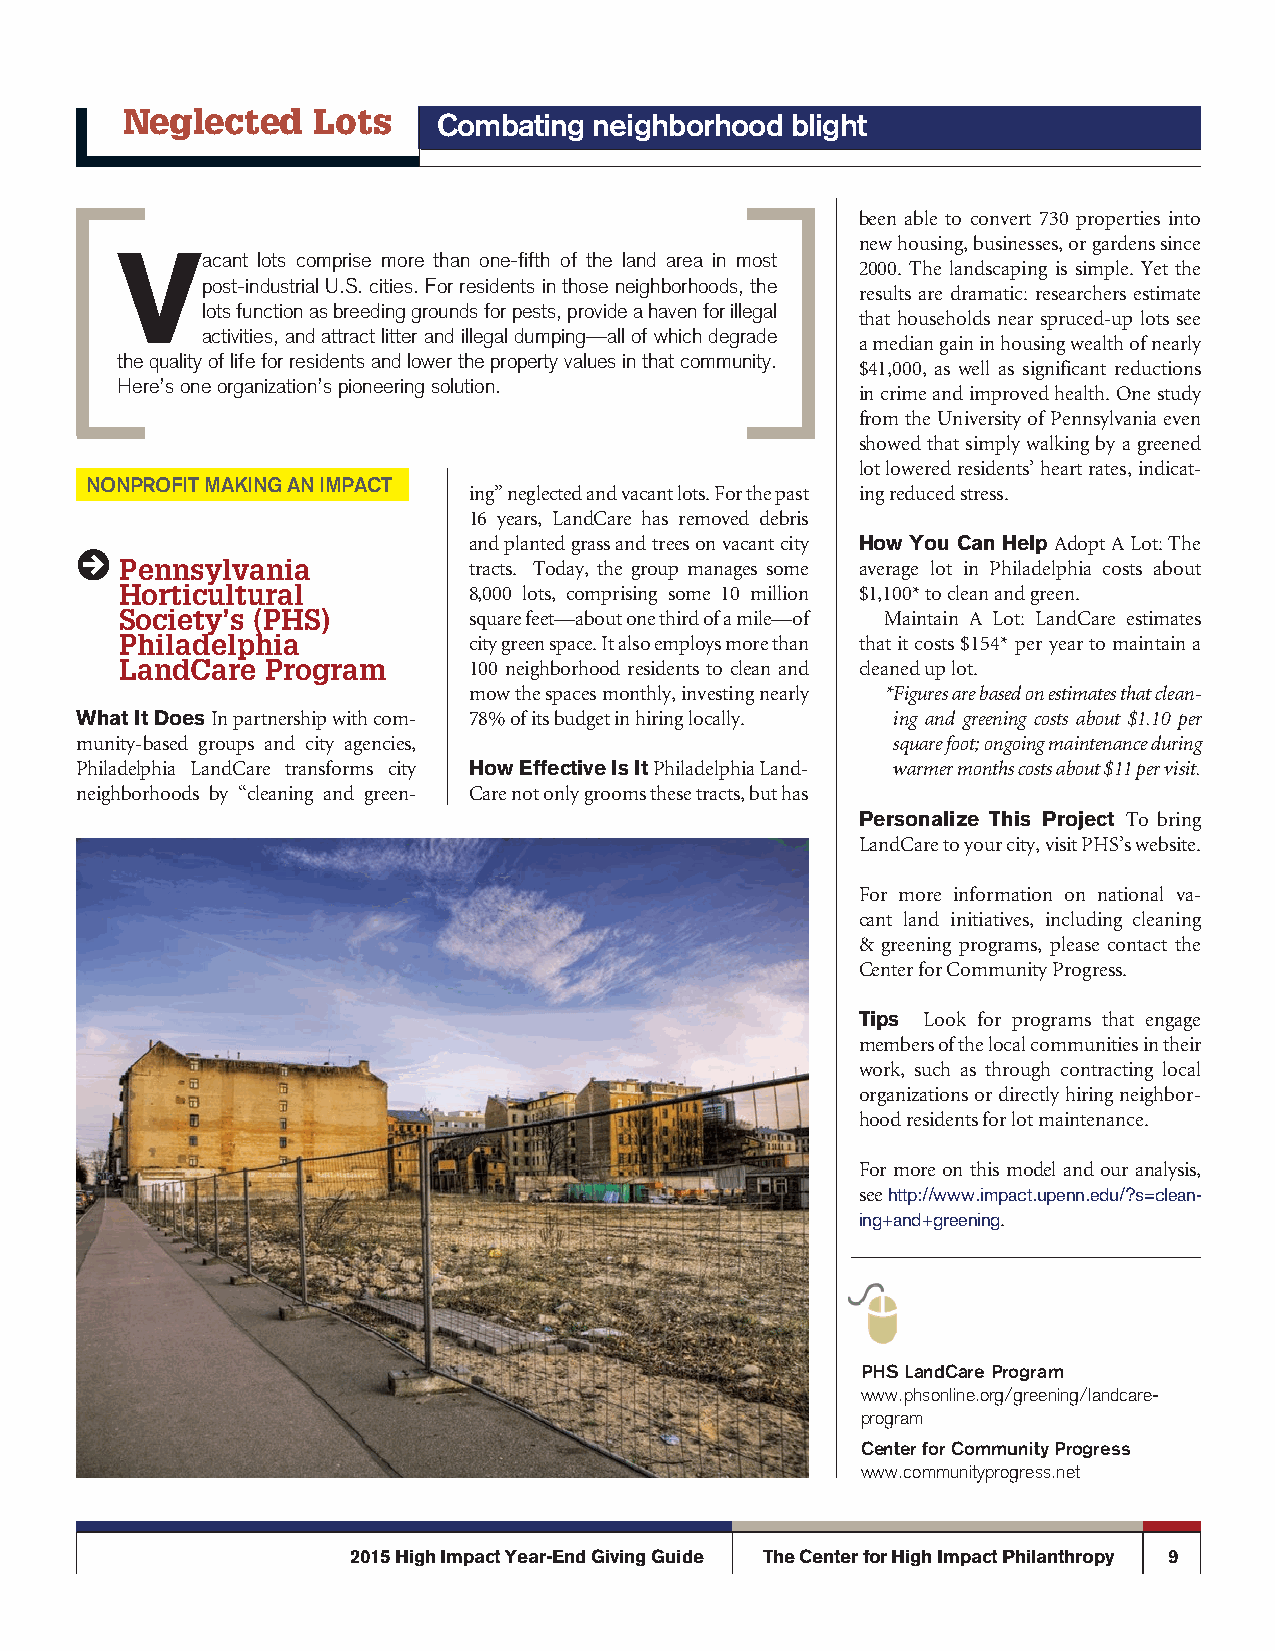
Neglected    Lots    combating neighborhood blight
 been able to convert 730 properties into
 new housing, businesses, or gardens since
 Vacant   lots comprise more than one-fifth of the land area in most
 2000. The landscaping is simple. Yet the
 post-industrial U.S. cities. For residents in those neighborhoods, the
 results are dramatic: researchers estimate
 lots function as breeding grounds for pests, provide a haven for illegal
 that households near spruced-up lots see
 activities, and attract litter and illegal dumping—all of which degrade
 a median gain in housing wealth of nearly
 the quality of life for residents and lower the property values in that community.
 $41,000, as well as significant reductions
 Here’s one organization’s pioneering solution.
 in crime and improved health. One study
 from the University of Pennsylvania even
 showed that simply walking by a greened
 lot lowered residents’ heart rates, indicat-
 nonprofit making an impact
 ing” neglected and vacant lots. For the past ing reduced stress.
 16 years, LandCare has removed debris
 and planted grass and trees on vacant city How You Can Help Adopt A Lot: The
 R
 Pennsylvania           tracts. Today, the group manages some average lot in Philadelphia costs about
 Horticultural          8,000 lots, comprising some 10 million $1,100* to clean and green.
 Society’s (PHS)        square feet—about one third of a mile—of Maintain A Lot: LandCare estimates
 Philadelphia           city green space. It also employs more than that it costs $154* per year to maintain a
 LandCare  Program      100 neighborhood residents to clean and cleaned up lot.
 mow the spaces monthly, investing nearly * Figures are based on estimates that clean-
 What It Does In partnership with com- 78% of its budget in hiring locally. ing and greening costs about $1.10 per
 munity-based groups and city agencies,                square foot; ongoing maintenance during
 Philadelphia LandCare transforms city How Effective Is It Philadelphia Land- warmer months costs about $11 per visit.
 neighborhoods by “cleaning and green- Care not only grooms these tracts, but has
 Personalize This Project To bring
 LandCare to your city, visit PHS’s website.
 For more information on national va-
 cant land initiatives, including cleaning
 & greening programs, please contact the
 Center for Community Progress.
 Tips Look for programs that engage
 members of the local communities in their
 work, such as through contracting local
 organizations or directly hiring neighbor-
 hood residents for lot maintenance.
 For more on this model and our analysis,
 see http://www.impact.upenn.edu/?s=clean-
 ing+and+greening.
 phs landcare program
 www.phsonline.org/greening/landcare-
 program
 center for community progress
 www.communityprogress.net
 2015 High Impact Year-End Giving Guide The Center for High Impact Philanthropy 9